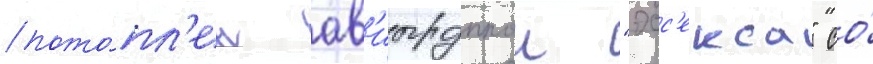
пото́пл'ен ав'иагруппои "эсс'екса" со́